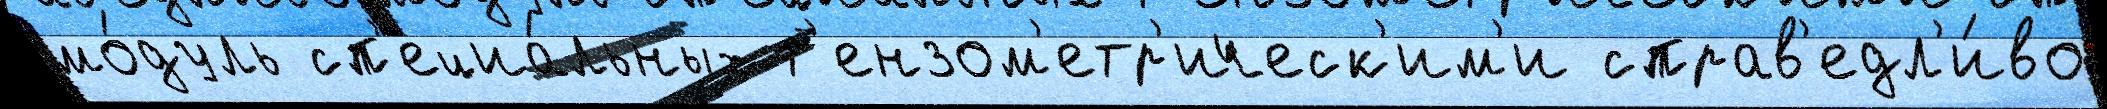
мо́дуль сп'ециа́льных т'ензом'етр'ическ'им'и справ'едл'и́во